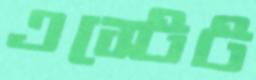
এস্টেট